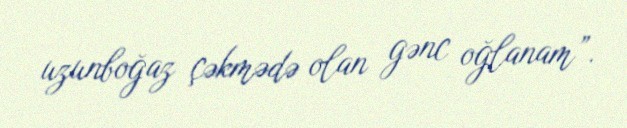
uzunboğaz çəkmədə olan gənc oğlanam”.